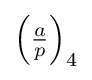
\left({\tfrac {a}{p}}\right)_{4}